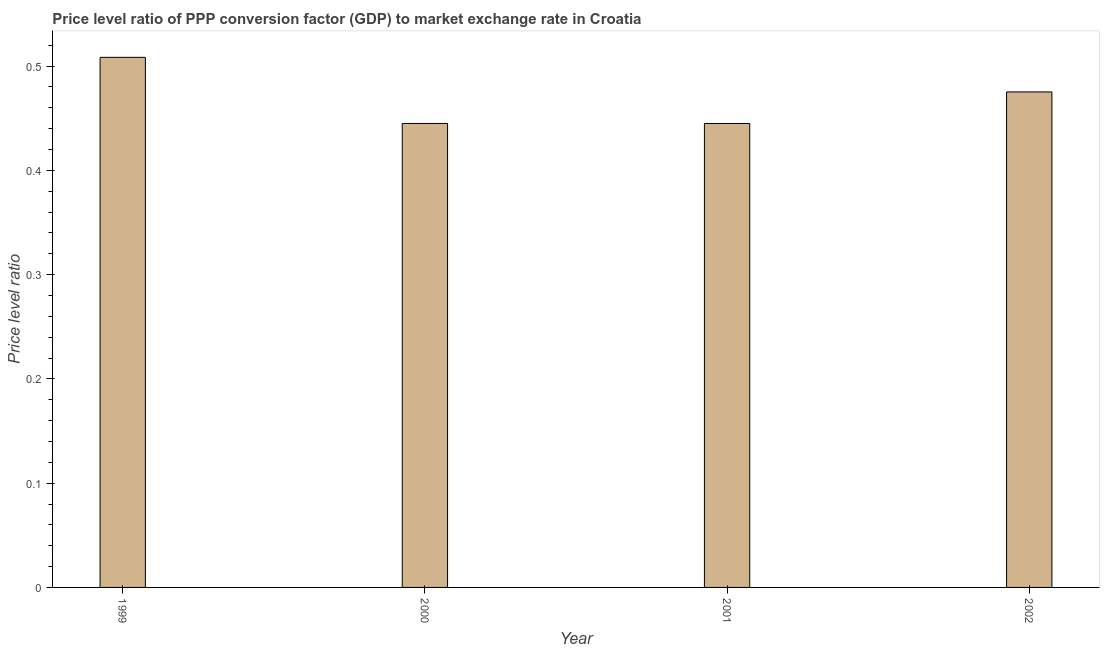
| Year | Price level ratio |
 | --- | --- |
 | 1999 | 0.508 |
 | 2000 | 0.445 |
 | 2001 | 0.445 |
 | 2002 | 0.475 |